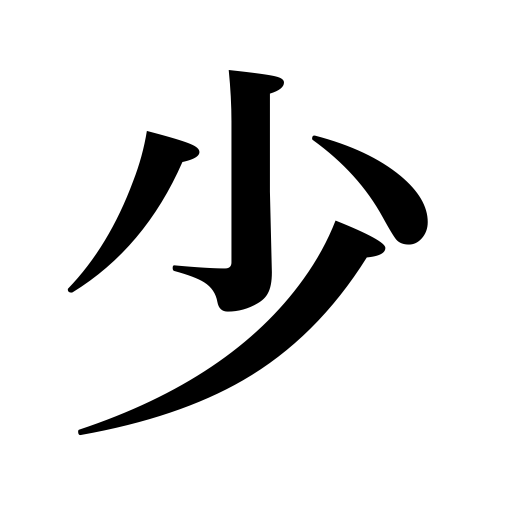
Meanings: a little while,few,a few,small,a short distance,a small quantity,scarce,young,something,seldom,a little,insufficient